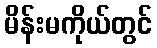
မိန်းမကိုယ်တွင်